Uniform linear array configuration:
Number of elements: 16
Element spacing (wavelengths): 0.25
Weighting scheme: hann
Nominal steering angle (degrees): -60
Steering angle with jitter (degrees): -60.602
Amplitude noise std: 0.05
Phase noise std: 0.05

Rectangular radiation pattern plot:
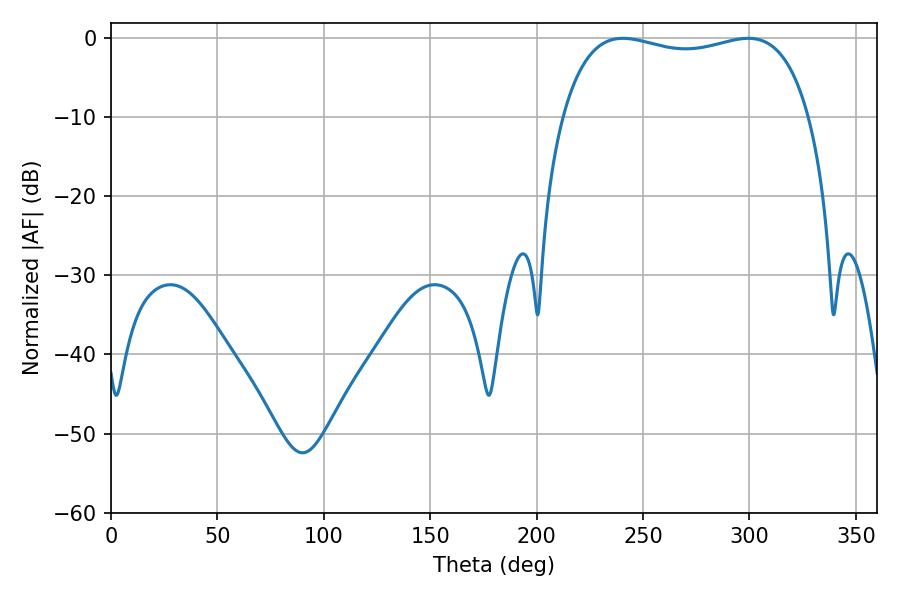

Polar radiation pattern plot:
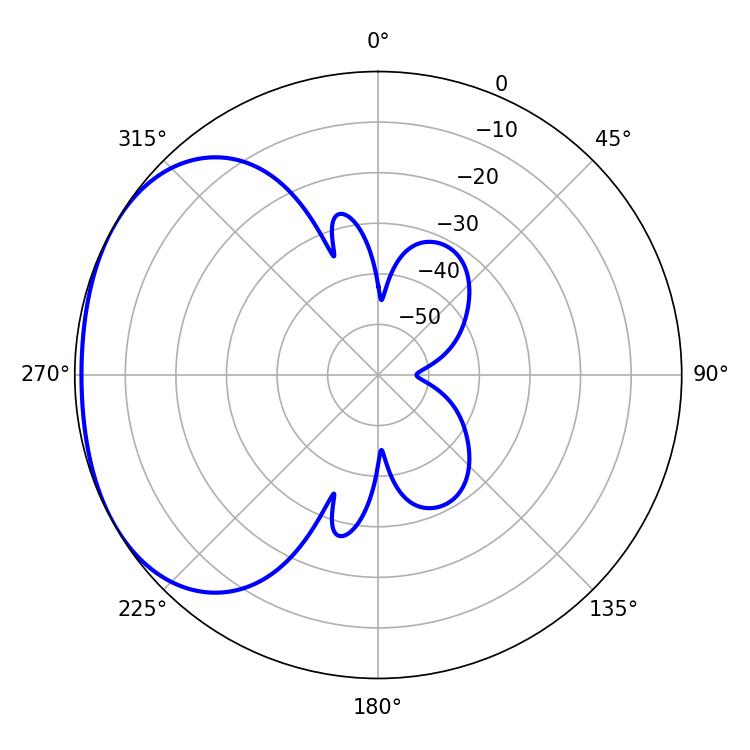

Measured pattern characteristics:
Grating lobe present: FALSE
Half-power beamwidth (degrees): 94.32
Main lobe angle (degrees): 240.48